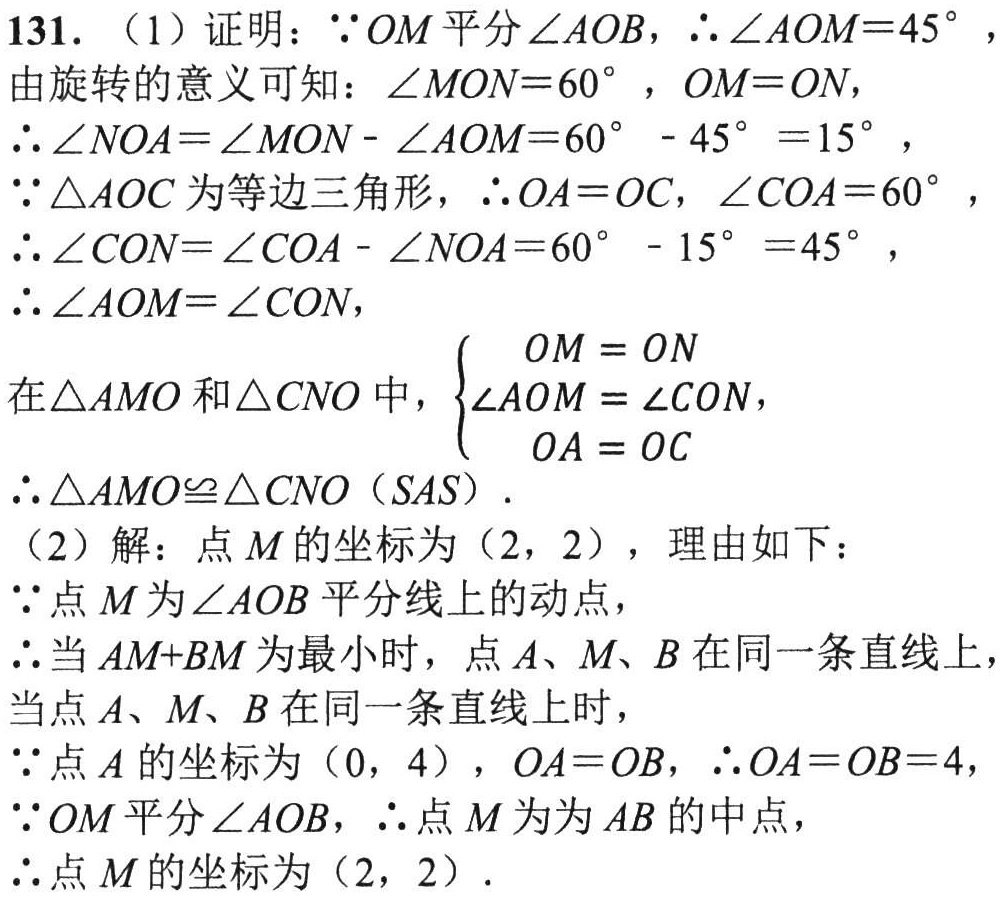
131. （1）证明：\(\because OM\)平分\(\angle AOB\)，\(\therefore \angle AOM = 45^{\circ}\)，

由旋转的意义可知：\(\angle MON = 60^{\circ}\)，\(OM = ON\)，

\(\therefore \angle NOA=\angle MON - \angle AOM = 60^{\circ}-45^{\circ}=15^{\circ}\)，

\(\because \triangle AOC\)为等边三角形，\(\therefore OA = OC\)，\(\angle COA = 60^{\circ}\)，

\(\therefore \angle CON=\angle COA - \angle NOA = 60^{\circ}-15^{\circ}=45^{\circ}\)，

\(\therefore \angle AOM=\angle CON\)，

在\(\triangle AMO\)和\(\triangle CNO\)中，\(\begin{cases}OM = ON\\\angle AOM=\angle CON\\OA = OC\end{cases}\)，

\(\therefore \triangle AMO\cong\triangle CNO\)（\(SAS\)）.

（2）解：点\(M\)的坐标为\((2,2)\)，理由如下：

\(\because\)点\(M\)为\(\angle AOB\)平分线上的动点，

\(\therefore\)当\(AM + BM\)为最小时，点\(A\)、\(M\)、\(B\)在同一条直线上，

当点\(A\)、\(M\)、\(B\)在同一条直线上时，

\(\because\)点\(A\)的坐标为\((0,4)\)，\(OA = OB\)，\(\therefore OA = OB = 4\)，

\(\because OM\)平分\(\angle AOB\)，\(\therefore\)点\(M\)为为\(AB\)的中点，

\(\therefore\)点\(M\)的坐标为\((2,2)\).